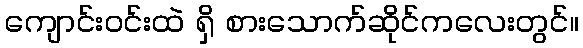
ကျောင်းဝင်းထဲ ရှိ စားသောက်ဆိုင်ကလေးတွင်။